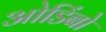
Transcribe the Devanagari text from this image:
ओडिंबो